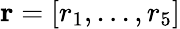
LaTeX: \mathbf{r}=[r_{1},...,r_{5}]